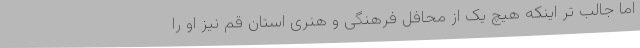
اما جالب تر اینکه هیچ یک از محافل فرهنگی و هنری استان قم نیز او را